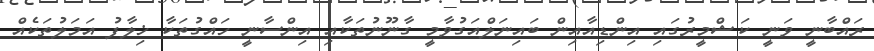
ރައްބާނީ ވަނީ ކަޝްމީރުގައި އިންޑިއާއިން ބައިނަލްއަގުވާމީ ގާނޫނުތަކާއި އިންސާނީ ހައްގުތަކާ ޚިލާފު އަމަލުތަކެއް